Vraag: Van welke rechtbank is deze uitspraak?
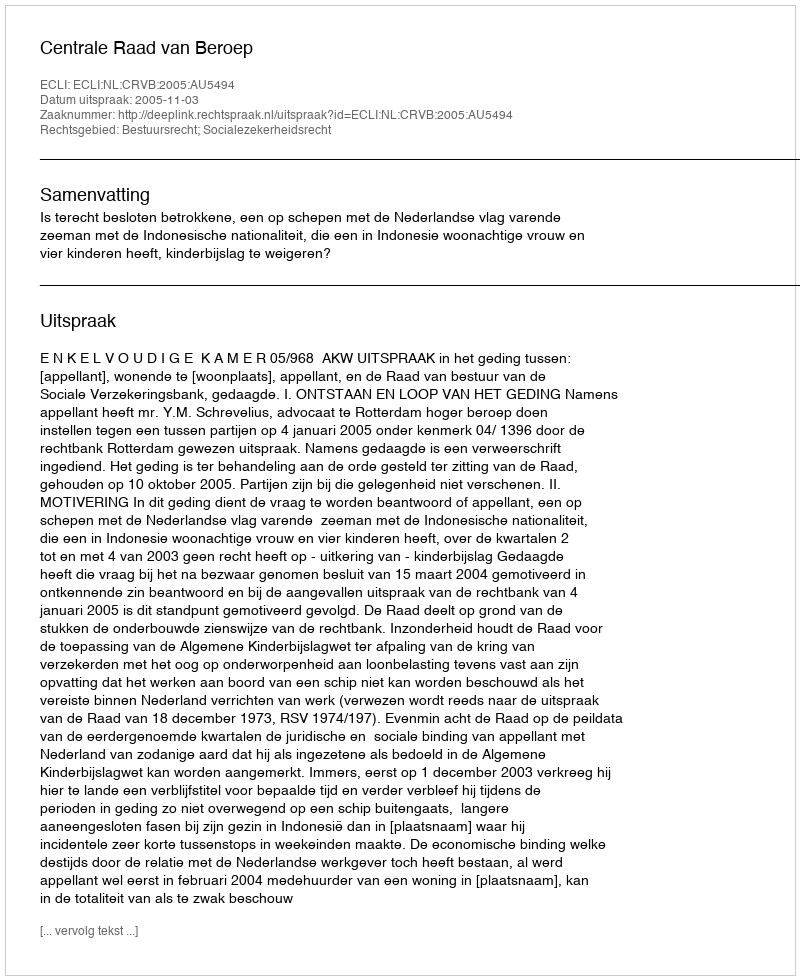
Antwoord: Centrale Raad van Beroep